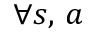
\forall s , \, a